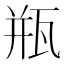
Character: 瓶